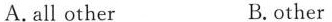
A.all other B.other